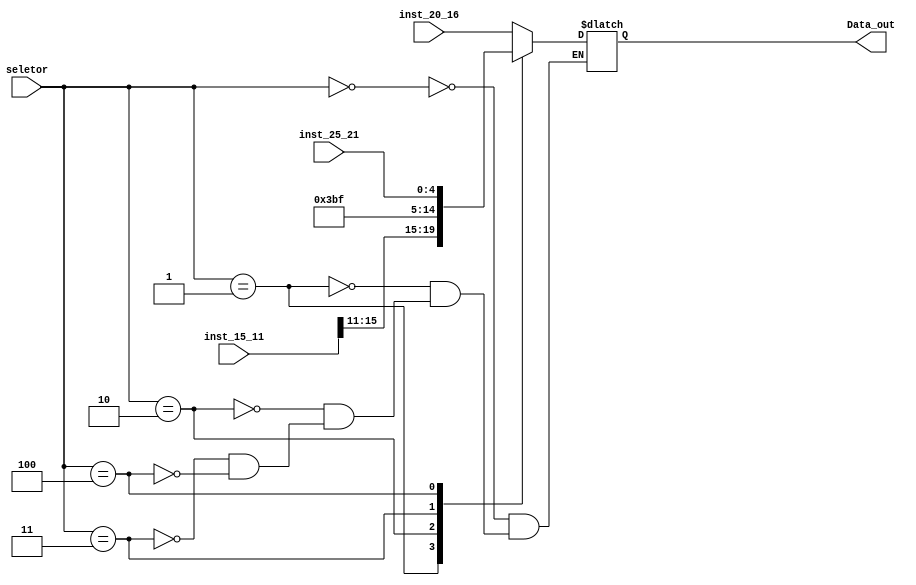
module mux_regDst(
    input wire [2:0]seletor,
    input wire [4:0]inst_20_16,//0
    input wire [15:0]inst_15_11,//1
    input wire [4:0]inst_25_21,//4
    output reg [4:0]Data_out
);

always@(*)begin
    case (seletor)
        3'd0:Data_out = inst_20_16;
        3'd1:Data_out = inst_15_11[15:11];
        3'd2:Data_out = 5'd29;
        3'd3:Data_out = 5'd31;
        3'd4:Data_out = inst_25_21;
    endcase
end

	
endmodule